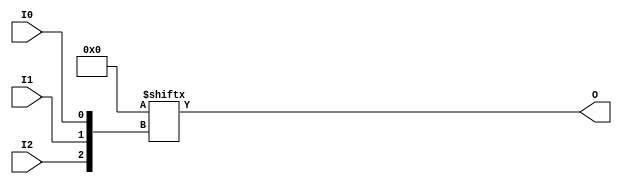
///////////////////////////////////////////////////////////////////////////////
// Copyright (c) 1995/2015 Xilinx, Inc.
// All Right Reserved.
///////////////////////////////////////////////////////////////////////////////
//   ____  ____
//  /   /\/   /
// /___/  \  /    Vendor : Xilinx
// \   \   \/     Version : 2015.4
//  \   \         Description : Xilinx Formal Library Component
//  /   /                  3 Inputs LUT
// /___/   /\     Filename : LUT3.v
// \   \  /  \
//  \___\/\___\
//
///////////////////////////////////////////////////////////////////////////////
// Revision:
//    04/01/08 - Initial version.
// End Revision
///////////////////////////////////////////////////////////////////////////////

`timescale  1 ps / 1 ps

`celldefine

module LUT3 (O, I0, I1, I2);

    parameter [7:0] INIT = 8'h00;

`ifdef XIL_TIMING //Simprim
 
  parameter LOC = "UNPLACED";

`endif

    input I0, I1, I2;

    output O;

    wire out0, out1, out;

        assign O = INIT[{I2,I1,I0}];


endmodule

`endcelldefine